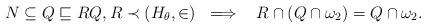
LaTeX: \begin{align*}N \subseteq Q \sqsubseteq R Q,R \prec (H_\theta,\in) \ \implies \ \ R \cap (Q \cap \omega_2) = Q \cap \omega_2.\end{align*}